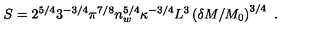
S = 2 ^ { 5 / 4 } 3 ^ { - 3 / 4 } \pi ^ { 7 / 8 } n _ { w } ^ { 5 / 4 } \kappa ^ { - 3 / 4 } L ^ { 3 } \left( \delta M / M _ { 0 } \right) ^ { 3 / 4 } \ .